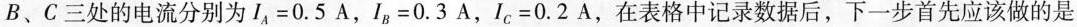
B、C三处的电流分别为$$I _ { A } = 0 . 5 A$$，$$I _ { B } = 0 . 3 A$$，my I _ { C } = 0 . 2 A$$，在表格中记录数据后，下一步首先应该做的是